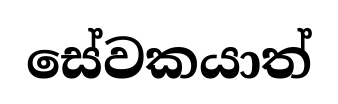
සේවකයාත්